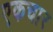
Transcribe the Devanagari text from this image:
एकचार